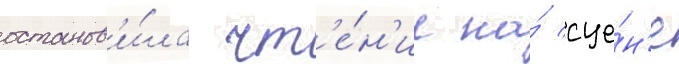
останов'и́ла чт'е́н'ие на́ сце́н'е